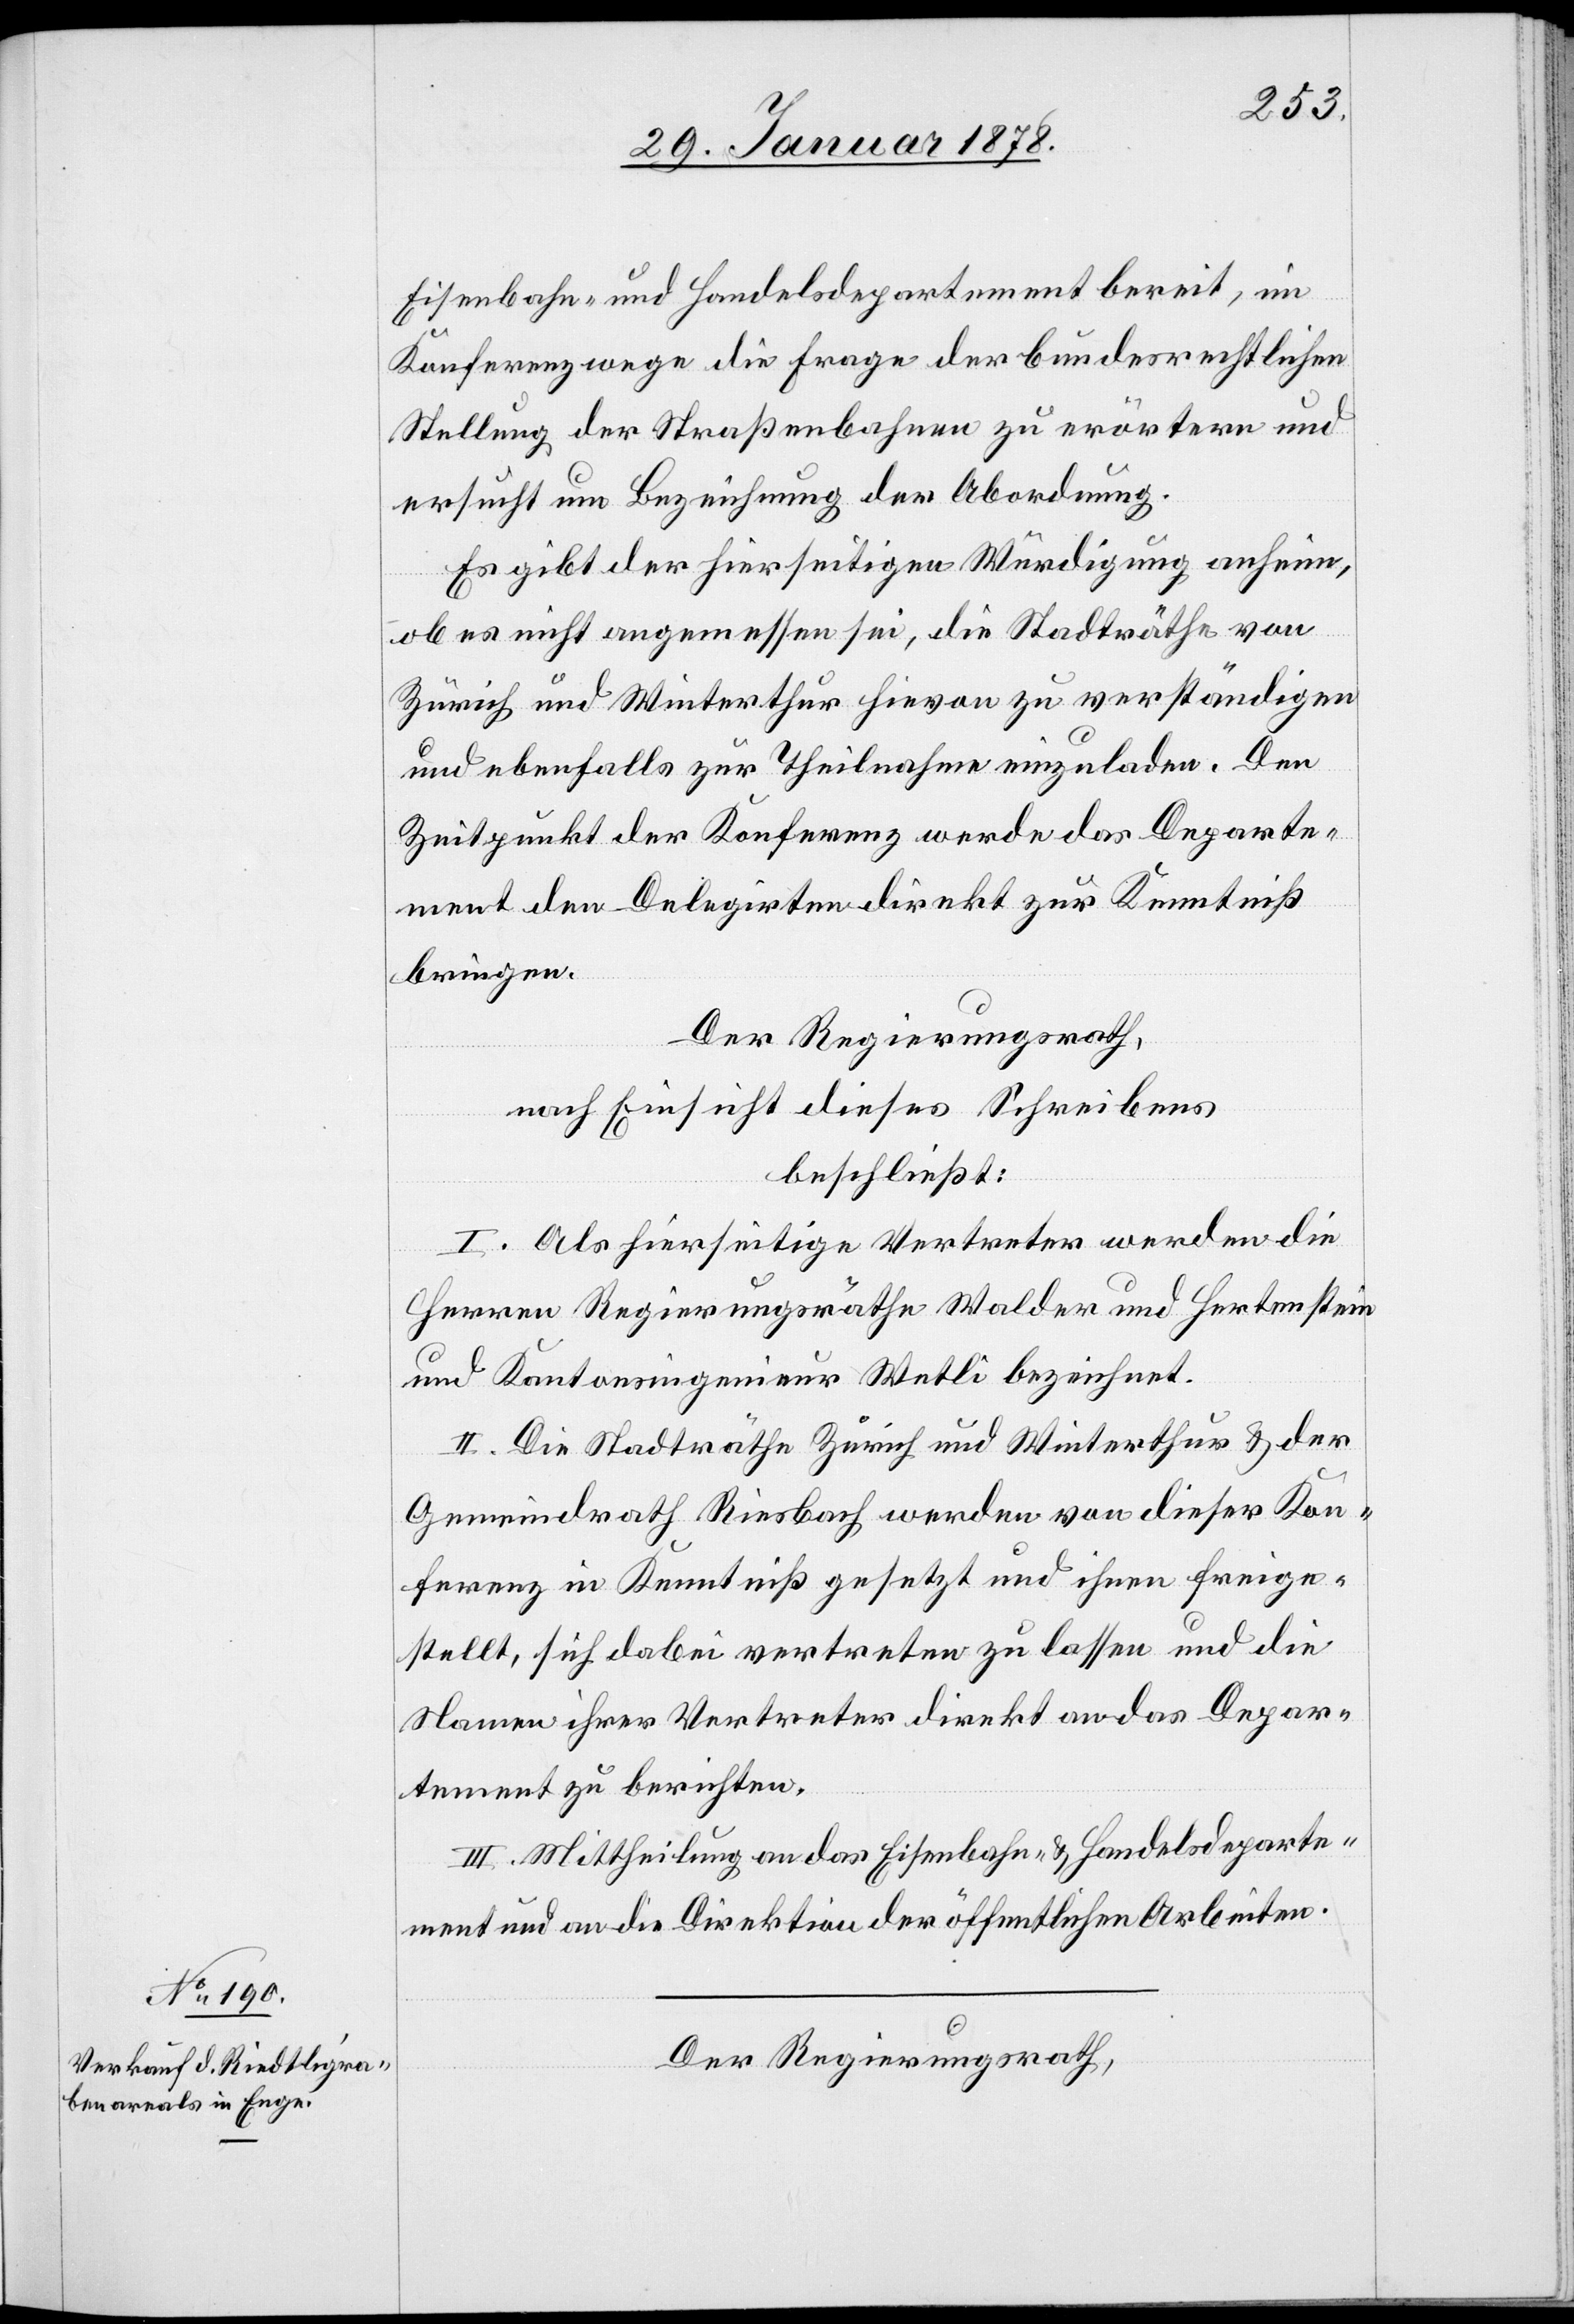
Eisenbahn- und Handelsdepartement bereit, im
Konferenzwege die Frage der bundesrechtlichen
Stellung der Straßenbahnen zu erörtern und
ersucht um Bezeichnung der Abordnung.
Es gibt der hierseitigen Würdigung anheim,
ob es nicht angemessen sei, die Stadträthe von
Zürich und Winterthur hievon zu verständigen
und ebenfalls zur Theilnahme einzuladen. Den
Zeitpunkt der Konferenz werde das Departe¬
ment den Delegirten direkt zur Kenntniß
bringen.
Der Regierungsrath,
nach Einsicht dieses Schreibens
beschließt:
I. Als hierseitige Vertreter werden die
Herren Regierungsräthe Walder und Hertenstein
und Kantonsingenieur Wetli bezeichnet.
II. Die Stadträthe Zürich und Winterthur & der
Gemeindrath Riesbach werden von dieser Kon¬
ferenz in Kenntniß gesetzt und ihnen freige¬
stellt, sich dabei vertreten zu lassen und die
Namen ihrer Vertreter direkt an das Depar¬
tement zu berichten.
III. Mittheilung an das Eisenbahn- & Handelsdeparte¬
ment und an die Direktion der öffentlichen Arbeiten.
Der Regierungsrath,